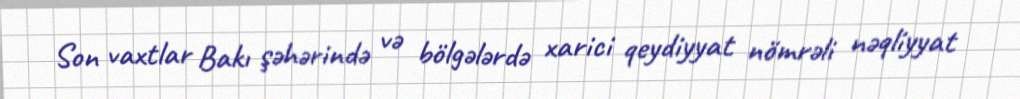
Son vaxtlar Bakı şəhərində və bölgələrdə xarici qeydiyyat nömrəli nəqliyyat